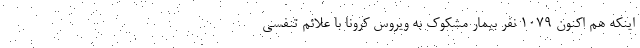
اینکه هم اکنون ۱۰۷۹ نفر بیمار مشکوک به ویروس کرونا با علائم تنفسی